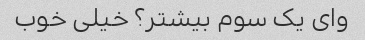
وای یک سوم بیشتر؟ خیلی خوب